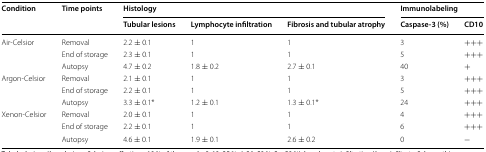
<table><thead><tr><td rowspan="2"><b>Condition</b></td><td rowspan="2"><b>Time points</b></td><td colspan="3"><b>Histology</b></td><td colspan="2"><b>Immunolabeling</b></td></tr><tr><td><b>Tubular lesions</b></td><td><b>Lymphocyte infiltration</b></td><td><b>Fibrosis and tubular atrophy</b></td><td><b>Caspase-3 (%)</b></td><td><b>CD10</b></td></tr></thead><tbody><tr><td rowspan="3">Air-Celsior</td><td>Removal</td><td>2.2 ± 0.1</td><td>1</td><td>1</td><td>3</td><td>+++</td></tr><tr><td>End of storage</td><td>2.3 ± 0.1</td><td>1</td><td>1</td><td>5</td><td>+++</td></tr><tr><td>Autopsy</td><td>4.7 ± 0.2</td><td>1.8 ± 0.2</td><td>2.7 ± 0.1</td><td>40</td><td>+</td></tr><tr><td rowspan="3">Argon-Celsior</td><td>Removal</td><td>2.1 ± 0.1</td><td>1</td><td>1</td><td>3</td><td>+++</td></tr><tr><td>End of storage</td><td>2.2 ± 0.1</td><td>1</td><td>1</td><td>5</td><td>+++</td></tr><tr><td>Autopsy</td><td>3.3 ± 0.1*</td><td>1.2 ± 0.1</td><td>1.3 ± 0.1*</td><td>24</td><td>+++</td></tr><tr><td rowspan="3">Xenon-Celsior</td><td>Removal</td><td>2.0 ± 0.1</td><td>1</td><td>1</td><td>4</td><td>+++</td></tr><tr><td>End of storage</td><td>2.2 ± 0.1</td><td>1</td><td>1</td><td>6</td><td>+++</td></tr><tr><td>Autopsy</td><td>4.6 ± 0.1</td><td>1.9 ± 0.1</td><td>2.6 ± 0.2</td><td>0</td><td>−</td></tr></tbody></table>